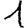
Digit: 1